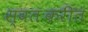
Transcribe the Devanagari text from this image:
स्वतःकरीत